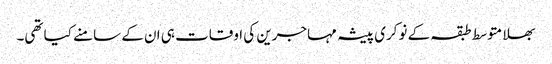
بھلا متوسط طبقہ کے نوکری پیشہ مہاجرین کی اوقات ہی ان کے سامنے کیا تھی۔